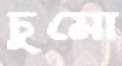
চুমো